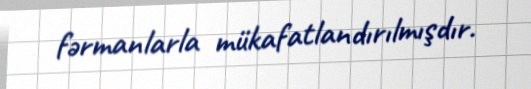
fərmanlarla mükafatlandırılmışdır.